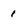
Character: 1